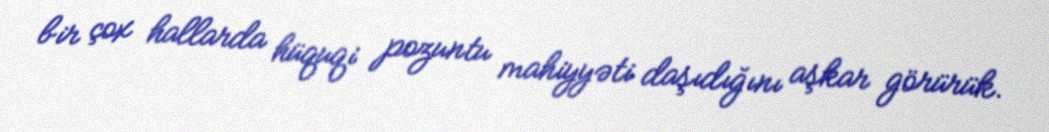
bir çox hallarda hüquqi pozuntu mahiyyəti daşıdığını aşkar görürük.